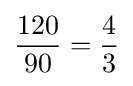
{\frac {120}{90}}={\frac {4}{3}}